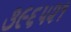
૩૯૬૫૨૧